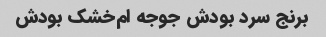
برنج سرد بودش جوجه ام‌خشک بودش